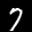
Label: 7